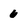
Character: 6